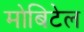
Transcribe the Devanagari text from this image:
मोबिटेल